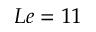
L e = 1 1